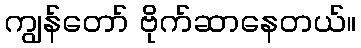
ကျွန်တော် ဗိုက်ဆာနေတယ်။